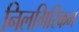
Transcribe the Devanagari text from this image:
निलगिरिकम